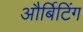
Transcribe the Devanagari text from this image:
और्बिटिंग